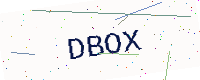
Text: DBOX